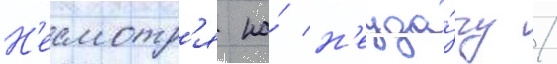
Н'есмотр'я на́ н'еуда́чу /